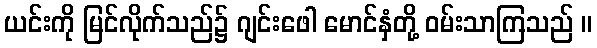
ယင်းကို မြင်လိုက်သည်၌ ဂျင်းဖေါ မောင်နှံတို့ ဝမ်းသာကြသည် ။